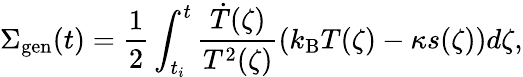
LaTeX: \Sigma_{\mathrm{gen}}(t)=\frac{1}{2}\int_{t_{i}}^{t}\frac{\dot{T}(\zeta)}{T^{2}(\zeta)}\left(k_{\mathrm{B}}T(\zeta)-\kappa s(\zeta)\right)d\zeta,